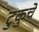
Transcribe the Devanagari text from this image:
टुकुचे